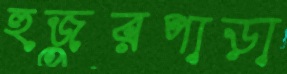
হুজুরপাড়া